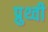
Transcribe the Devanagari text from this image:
प्रुथ्वी